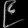
Digit: ၉